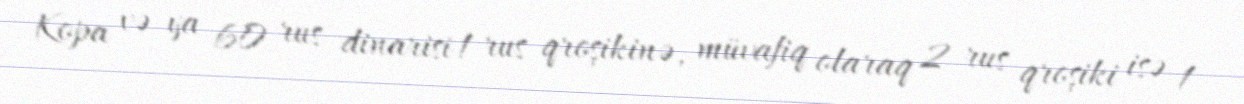
Kopa və ya 60 rus dinarisi 1 rus qroşikinə, müvafiq olaraq 2 rus qroşiki isə 1